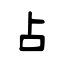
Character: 占